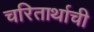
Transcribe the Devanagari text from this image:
चरितार्थाची